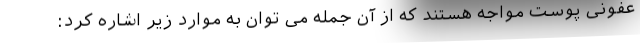
عفونی پوست مواجه هستند که از آن جمله می توان به موارد زیر اشاره کرد: